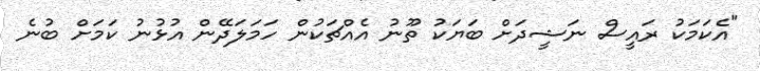
"އެކަމަކު ރައީސް ނަޝީދަށް ބަޔަކު ތޫނު އެއްޗަކުން ހަމަލަދޭން އުޅުނު ކަމަށް ބުނެ